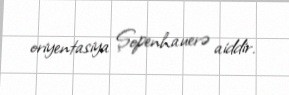
oriyentasiya Şopenhauerə aiddir.